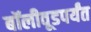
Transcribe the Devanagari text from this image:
बॉलीवूडपर्यंत